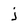
Character: j